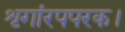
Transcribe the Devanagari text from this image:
शृगांरपपरक।